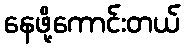
နေဖို့ကောင်းတယ်